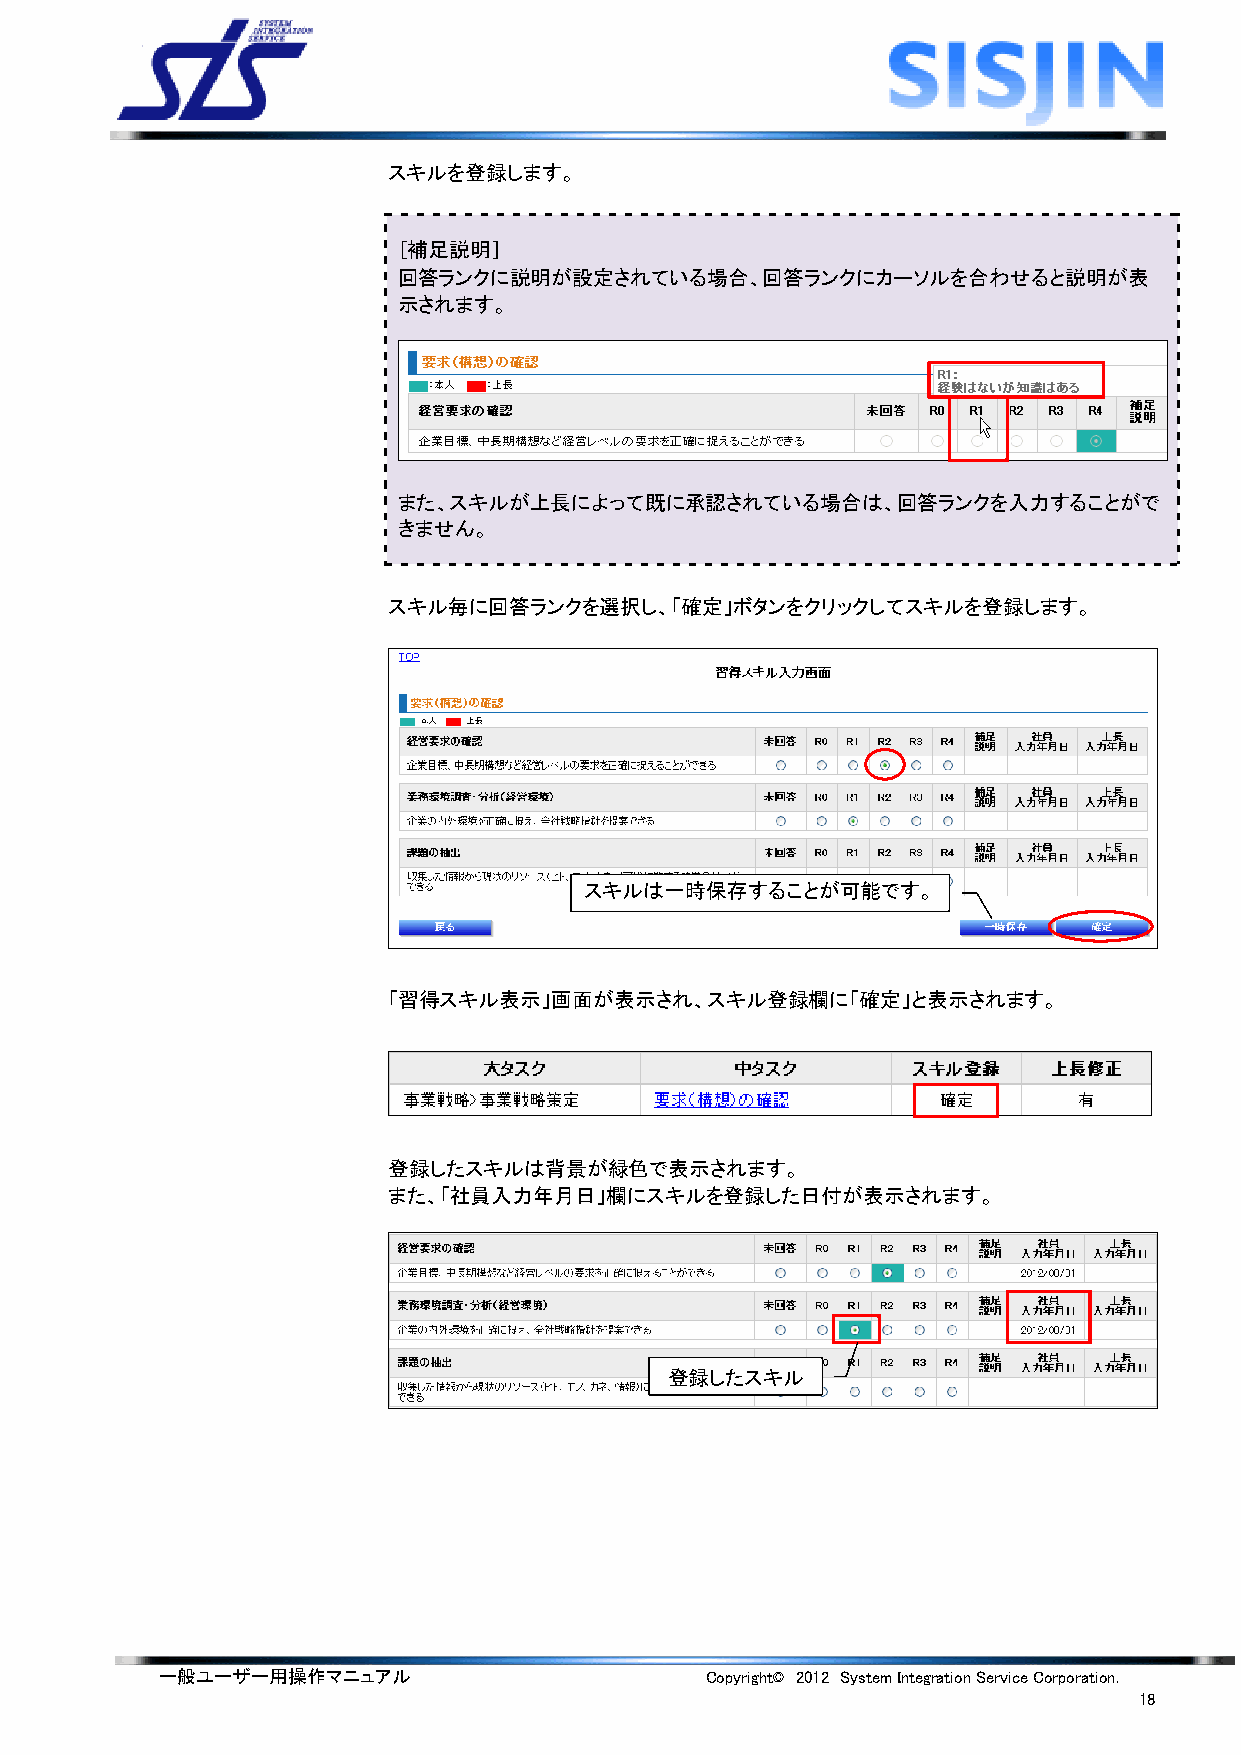
スキルを登録します。
 ［補足説明］
 回答ランクに説明が設定されている場合、回答ランクにカーソルを合わせると説明が表
 示されます。
 また、スキルが上長によって既に承認されている場合は、回答ランクを入力することがで
 きません。
 スキル毎に回答ランクを選択し、「確定」ボタンをクリックしてスキルを登録します。
 スキルは一時保存することが可能です。
 「習得スキル表示」画面が表示され、スキル登録欄に「確定」と表示されます。
 登録したスキルは背景が緑色で表示されます。
 また、「社員入力年月日」欄にスキルを登録した日付が表示されます。
 登録したスキル
 一般ユーザー用操作マニュアル                      Copyright© 2012 System Integration Service Corporation.
 18